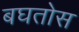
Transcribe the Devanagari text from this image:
बघतोस